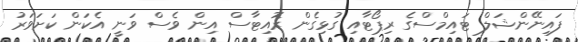
ފައިނޭންޝަލް ޓައިމްސްގެ ރިޕޯޓާއި ގުޅިގެން ރޮއިޓާސް އިން ވެސް ވަނީ އެކަން ކަށަވަރު